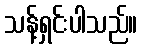
သန့်ရှင်းပါသည်။